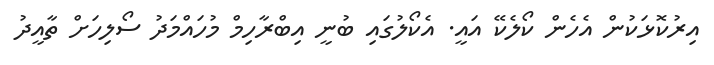
އިރުކޮޅަކުން އެހެން ކޯލެކޭ އައީ. އެކޯލުގައި ބުނީ އިބްރާހިމް މުހައްމަދު ސޯލިހަށް ތާއީދު